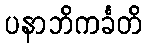
ပနာဘိကင်္ခတိ